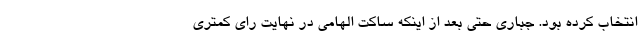
انتخاب کرده بود. جباری حتی بعد از اینکه ساکت الهامی در نهایت رای کمتری